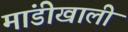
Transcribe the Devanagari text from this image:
मांडीखाली